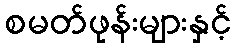
စမတ်ဖုန်းများနှင့်